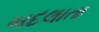
બદલાતા